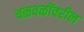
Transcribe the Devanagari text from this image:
चळवळींवरील